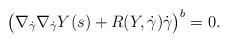
LaTeX: \begin{align*} \bigl(\nabla_{\dot\gamma}\nabla_{\dot\gamma}Y(s) + R(Y,\dot\gamma)\dot\gamma\bigr)^b = 0. \end{align*}